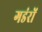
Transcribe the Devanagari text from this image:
गडंरों